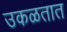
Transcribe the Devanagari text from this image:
उकळतात